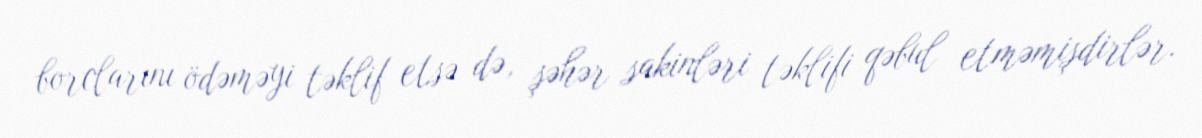
borclarını ödəməyi təklif etsə də, şəhər sakinləri təklifi qəbul etməmişdirlər.